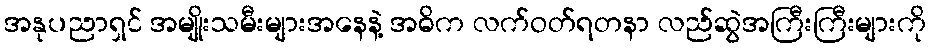
အနုပညာရှင် အမျိုးသမီးများအနေနဲ့ အဓိက လက်ဝတ်ရတနာ လည်ဆွဲအကြီးကြီးများကို